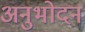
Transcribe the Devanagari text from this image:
अनुभोदन